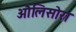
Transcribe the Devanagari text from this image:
औलिसोरा